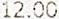
12.00